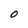
Character: 0